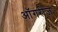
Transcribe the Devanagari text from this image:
ऑगरीज